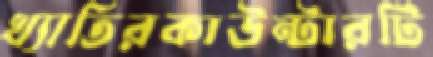
খ্যাতিরকাউন্টারটি